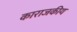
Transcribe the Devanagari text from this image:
काराजकीय